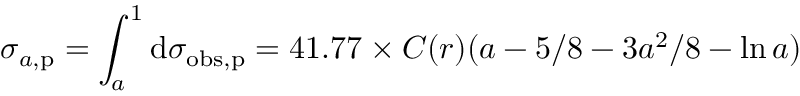
\sigma _ { a , \mathrm { p } } = \int _ { a } ^ { 1 } \mathrm { d } \sigma _ { \mathrm { o b s , p } } = 4 1 . 7 7 \times C ( r ) ( a - 5 / 8 - 3 a ^ { 2 } / 8 - \ln { a } )